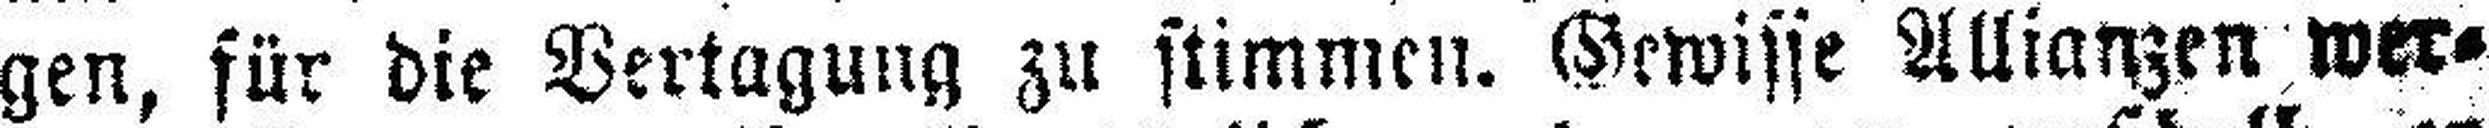
gen, für die Vertagung zu stimmen. Gewisse Allianzen wer¬